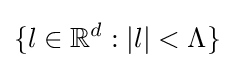
\{l\in \mathbb {R} ^{d}:|l|<\Lambda \}